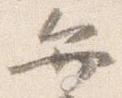
弁